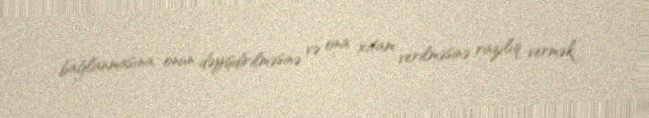
bağlanmasına, onun dəyişdirilməsinə və ona xitam verilməsinə razılıq vermək;